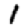
Digit: 1